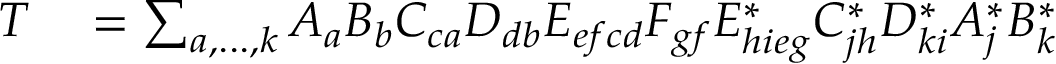
\begin{array} { r l } { T } & { { } = \sum _ { a , . . . , k } A _ { a } B _ { b } C _ { c a } D _ { d b } E _ { e f c d } F _ { g f } E _ { h i e g } ^ { * } C _ { j h } ^ { * } D _ { k i } ^ { * } A _ { j } ^ { * } B _ { k } ^ { * } } \end{array}